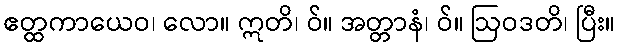
ဧတ္ထကာယေဝ၊ လော။ ဣတိ၊ ဝ်။ အတ္တာနံ၊ ဝ်။ ဩဝဒတိ၊ ပြီး။